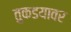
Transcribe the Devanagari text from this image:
तुकडयावर